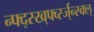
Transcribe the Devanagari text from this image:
न्फ्द्स्ख्र्फ्व्स्ज्न्स्क्ल्